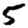
Digit: 5